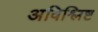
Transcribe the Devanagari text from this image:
अविश्लिष्ट